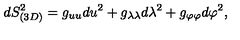
d S _ { ( 3 D ) } ^ { 2 } = g _ { u u } d u ^ { 2 } + g _ { \lambda \lambda } d \lambda ^ { 2 } + g _ { \varphi \varphi } d \varphi ^ { 2 } ,